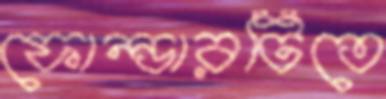
ফোল্ডারটিতে